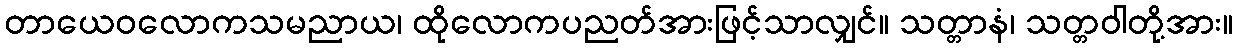
တာယေဝလောကသမညာယ၊ ထိုလောကပညတ်အားဖြင့်သာလျှင်။ သတ္တာနံ၊ သတ္တဝါတို့အား။